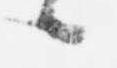
候